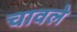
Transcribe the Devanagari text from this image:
चावले